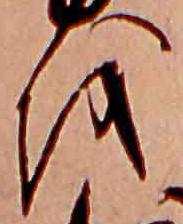
を